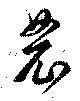
農